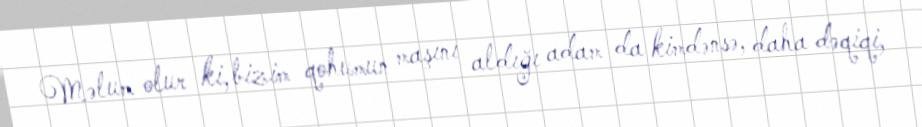
Məlum olur ki, bizim qohumun maşını aldığı adam da kimdənsə, daha dəqiqi,